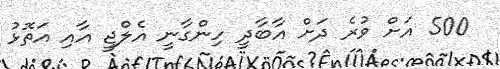
500 އަށް ވުރެ ދަށް އާބާދީ ހިންގާނީ އެލްޖީ އާއި އަތޮޅު